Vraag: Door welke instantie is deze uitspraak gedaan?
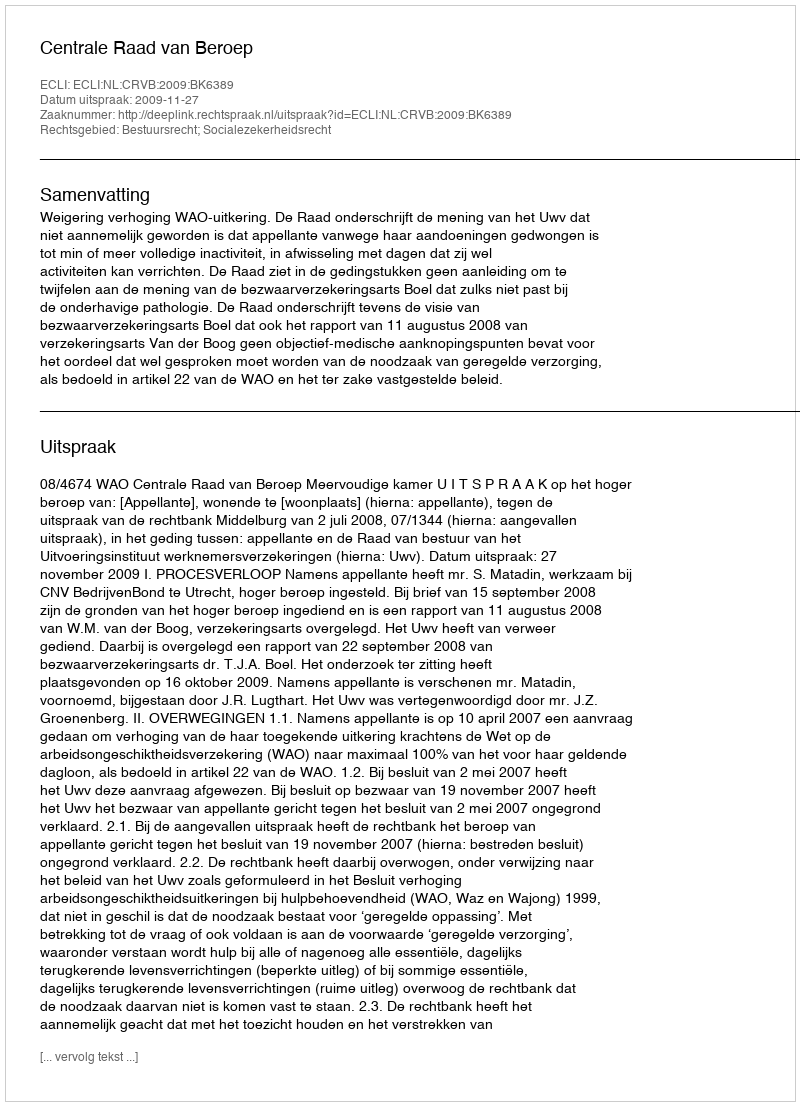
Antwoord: Centrale Raad van Beroep